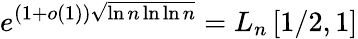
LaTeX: e^{(1+o(1)){\sqrt{\ln n\ln\ln n}}}=L_{n}\left[1/2,1\right]